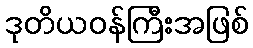
ဒုတိယဝန်ကြီးအဖြစ်